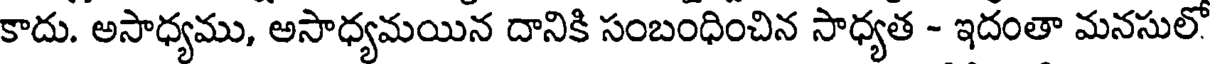
కాదు. అసాధ్యము, అసాధ్యమయిన దానికి సంబంధించిన సాధ్యత - ఇదంతా మనసులో